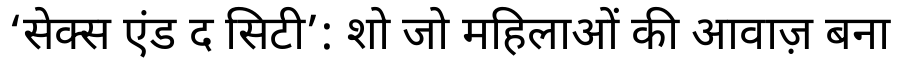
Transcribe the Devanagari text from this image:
‘सेक्स एंड द सिटी’: शो जो महिलाओं की आवाज़ बना